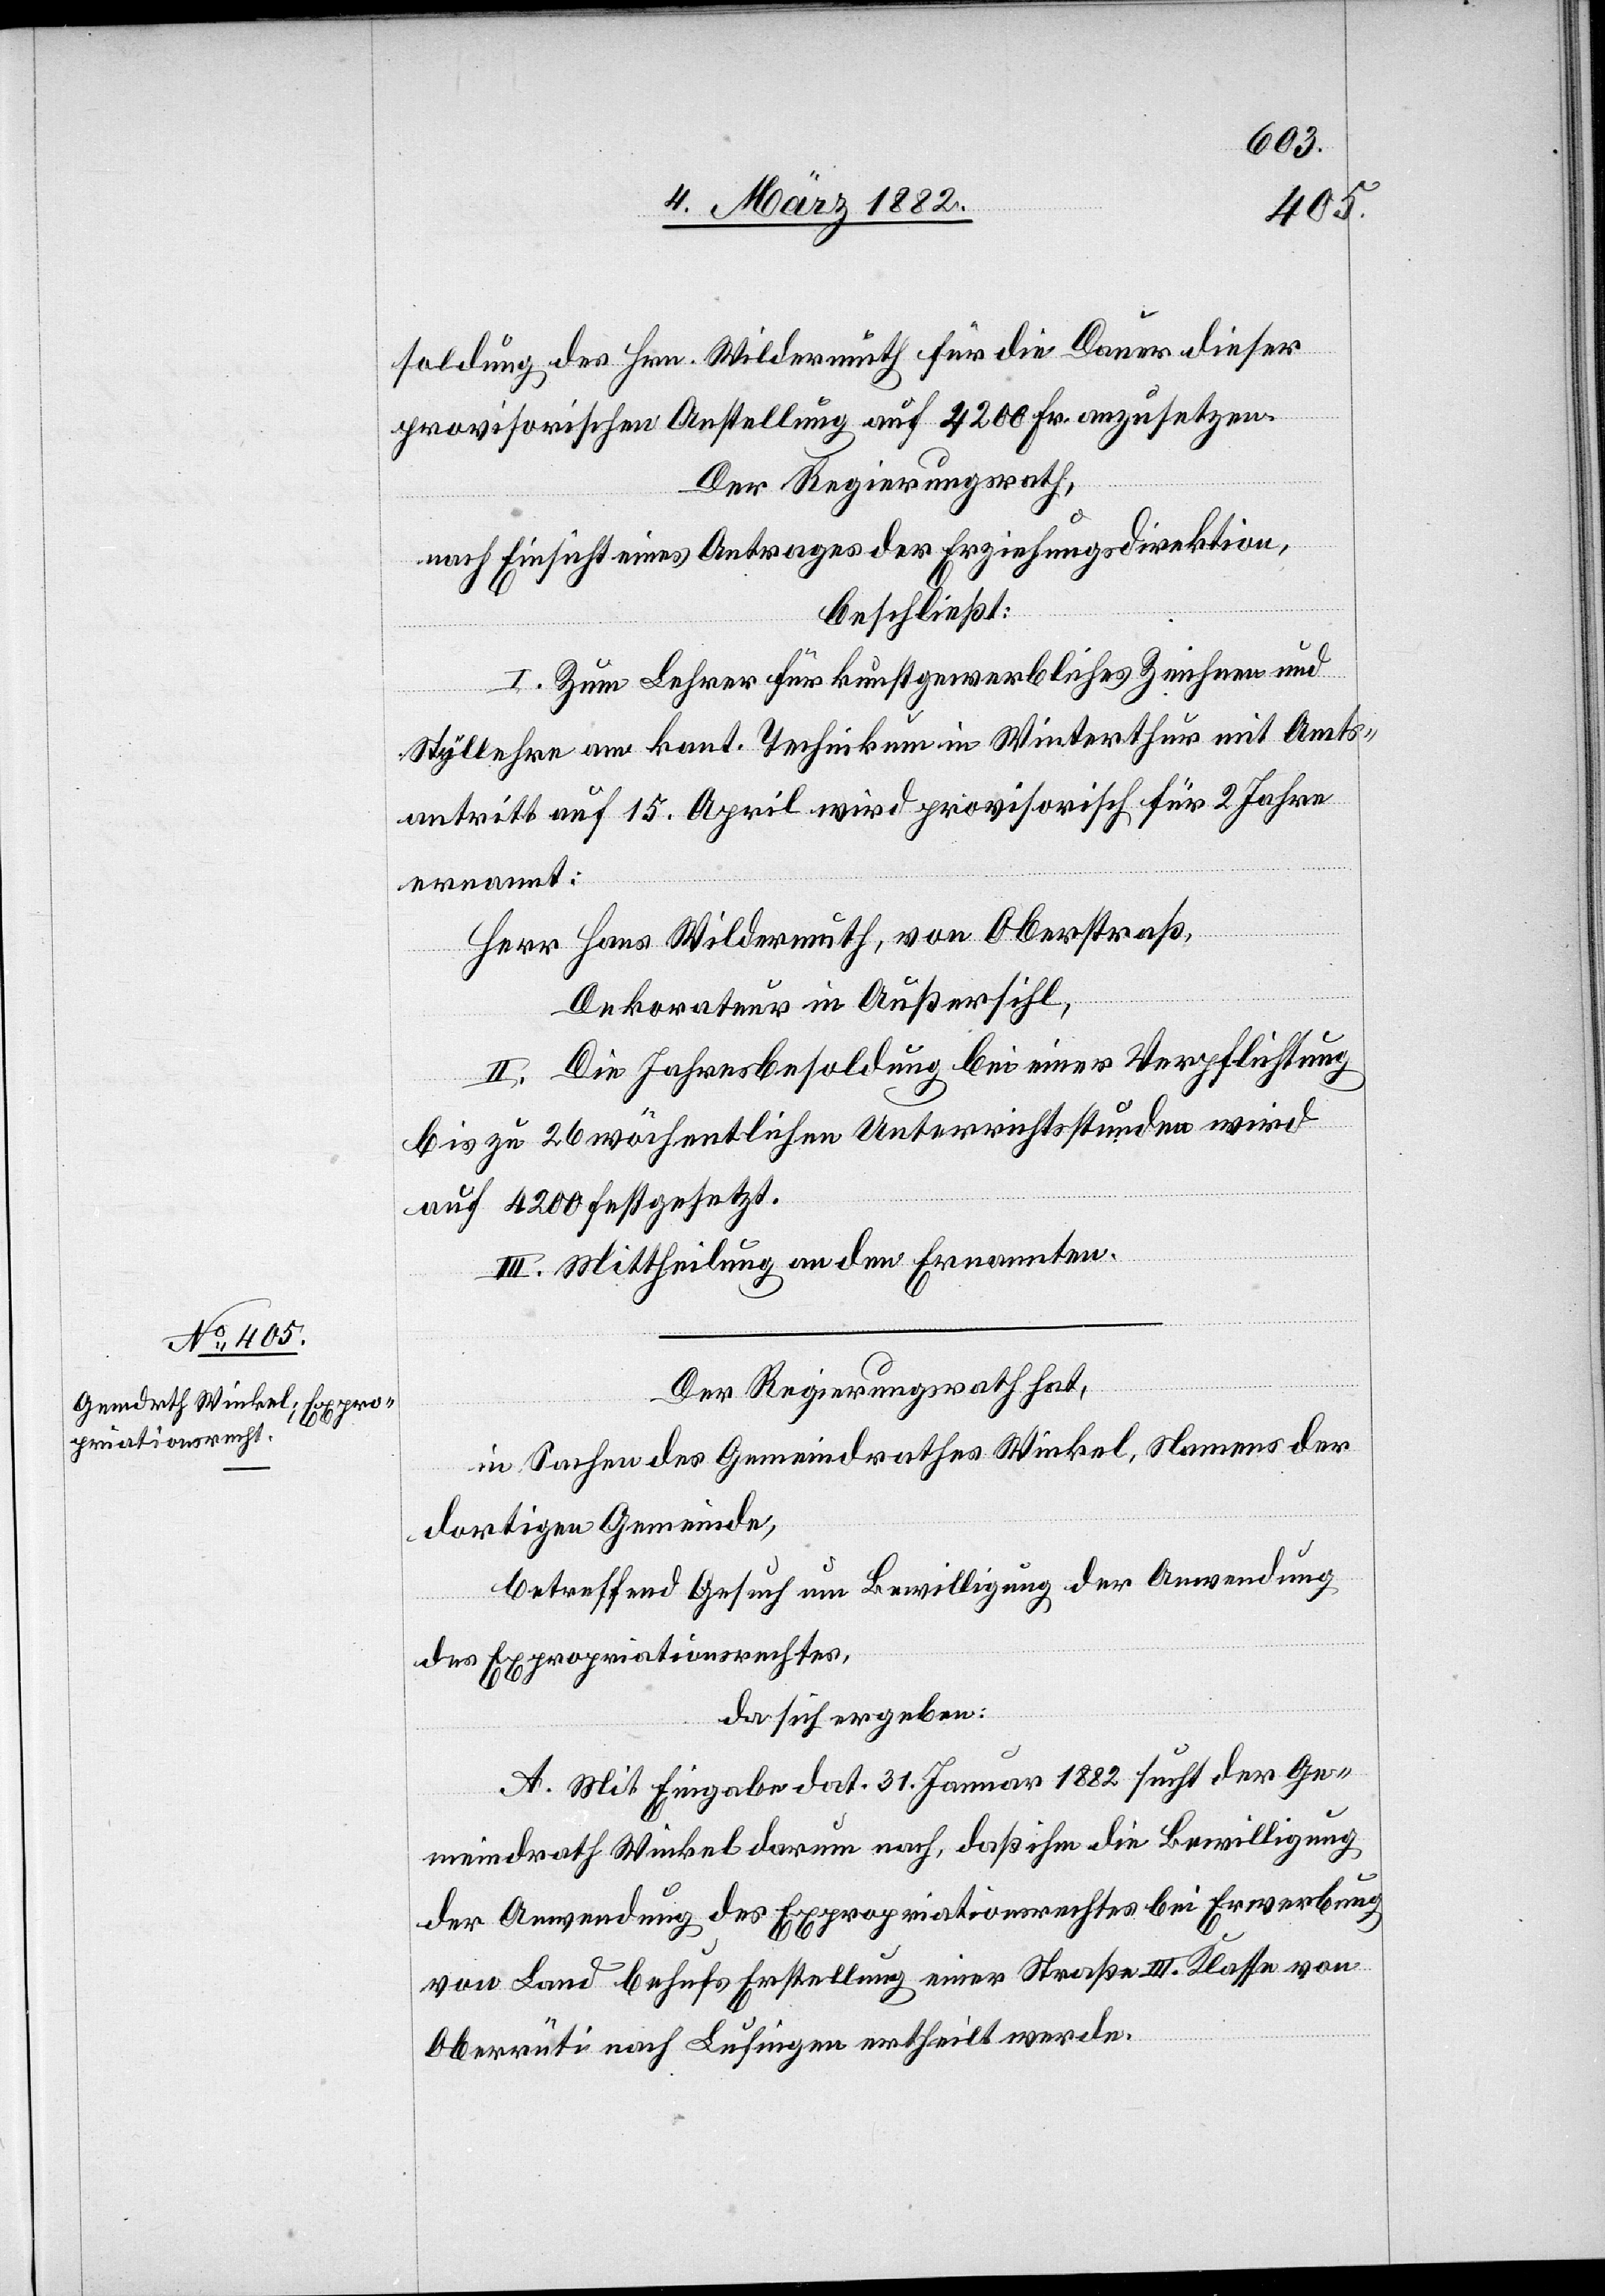
soldung des Hrn. Wildermuth für die Dauer dieser
provisorischen Anstellung auf 4200 Fr. anzusetzen.
Der Regierungsrath,
nach Einsicht eines Antrages der Erziehungsdirektion,
beschließt:
I. Zum Lehrer für kunstgewerbliches Zeichnen und
Styllehre am kant. Technikum in Winterthur mit Amts¬
antritt auf 15. April wird provisorisch für 2 Jahre
ernannt:
Herr Hans Wildermuth, von Oberstraß,
Dekorateur in Außersihl,
II. Die Jahresbesoldung bei einer Verpflichtung
zu 26 wöchentlichen Unterrichtsstunden wird
auf 4200 Fr. festgesetzt.
III. Mittheilung an den Ernannten.
Der Regierungsrath hat,
in Sachen des Gemeindrathes Winkel, Namens der
dortigen Gemeinde,
betreffend Gesuch um Bewilligung der Anwendung
des Expropriationsrechtes,
da sich ergeben:
A. Mit Eingabe dat. 31. Januar 1882 sucht der Ge¬
meindrath Winkel darum nach, daß ihm die Bewilligung
der Anwendung des Expropriationsrechtes bei Erwerbung
von Land behufs Erstellung einer Straße III. Klasse von
Oberrüti nach Lufingen ertheilt werde.